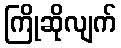
ကြိုဆိုလျက်